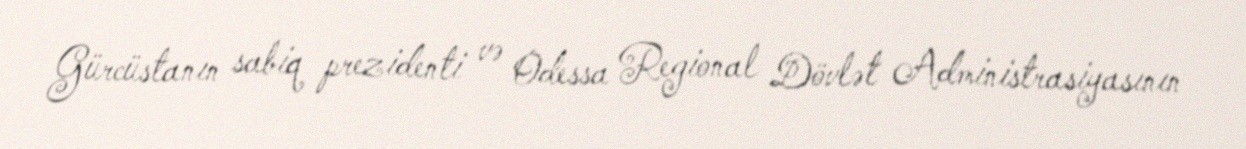
Gürcüstanın sabiq prezidenti və Odessa Regional Dövlət Administrasiyasının